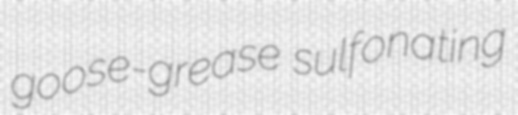
goose-grease sulfonating